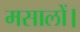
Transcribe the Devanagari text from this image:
मसालों।